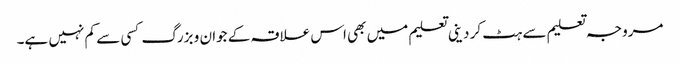
مروجہ تعلیم سے ہٹ کر دینی تعلیم میں بھی اس علاقہ کے جوان و بزرگ کسی سے کم نہیں ہے۔